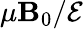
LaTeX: \mu\mathbf{B}_{0}/\mathcal{{E}}